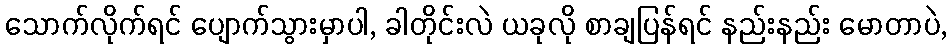
သောက်လိုက်ရင် ပျောက်သွားမှာပါ, ခါတိုင်းလဲ ယခုလို စာချပြန်ရင် နည်းနည်း မောတာပဲ,